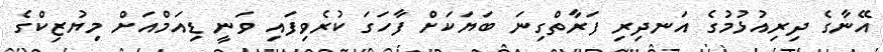
އޭނާގެ ދިރިއުޅުމުގެ އަނދިރި ފަރާތްގިނަ ބަޔަކަށް ފާހަގަ ކުރެވިފައި ވަނީ ޑިއަމްއަށް މިޔުޒިކްގެ